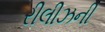
રીલીઝની